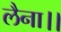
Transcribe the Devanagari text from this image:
लैना।।